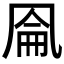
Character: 𰄐